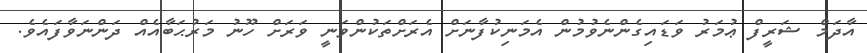
އާދަމް ޝަރީފް ޢުމަރު ވަޑައިގެންނެވުމުން އެމަނިކުފާނަށް އެރަށްތަކުންވަނީ ވަރަށް ހޫނު މަރުޙަބާއެއް ދަންނަވާފައެވެ.